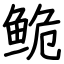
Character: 𬶏